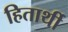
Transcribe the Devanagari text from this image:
हितार्थी